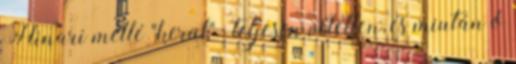
Hinari mellé "kerül" . teljesen véletlen, és miután ő